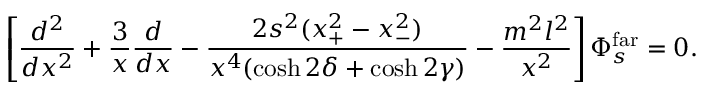
\left[ { \frac { d ^ { 2 } } { d x ^ { 2 } } } + { \frac { 3 } { x } } { \frac { d } { d x } } - { \frac { 2 s ^ { 2 } ( x _ { + } ^ { 2 } - x _ { - } ^ { 2 } ) } { x ^ { 4 } ( \cosh 2 \delta + \cosh 2 \gamma ) } } - { \frac { m ^ { 2 } l ^ { 2 } } { x ^ { 2 } } } \right] \Phi _ { s } ^ { \mathrm { f a r } } = 0 .